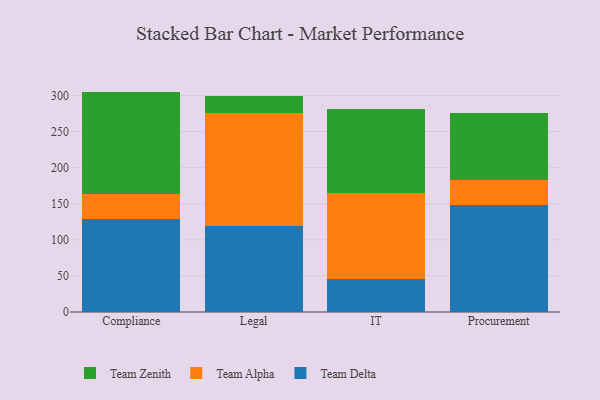
{"axis": {"x": "Department", "y": "LTV (USD)"}, "legend": ["Team Alpha", "Team Delta", "Team Zenith"], "data": [{"x": "Compliance", "y": 129.0, "type": "Team Delta"}, {"x": "Compliance", "y": 34.6, "type": "Team Alpha"}, {"x": "Compliance", "y": 141.7, "type": "Team Zenith"}, {"x": "Legal", "y": 119.4, "type": "Team Delta"}, {"x": "Legal", "y": 156.1, "type": "Team Alpha"}, {"x": "Legal", "y": 23.4, "type": "Team Zenith"}, {"x": "IT", "y": 45.1, "type": "Team Delta"}, {"x": "IT", "y": 119.3, "type": "Team Alpha"}, {"x": "IT", "y": 117.3, "type": "Team Zenith"}, {"x": "Procurement", "y": 148.6, "type": "Team Delta"}, {"x": "Procurement", "y": 33.7, "type": "Team Alpha"}, {"x": "Procurement", "y": 92.7, "type": "Team Zenith"}]}